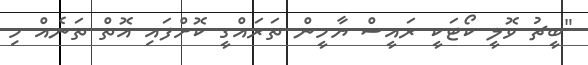
"ބީޗު ވޮލީ ކޯޓަކީ ރައީސް ޔާމީން ތަރައްގީ ކޮށްފައި އޮތް ތަނެއް މި